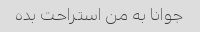
جوانا به من استراحت بده